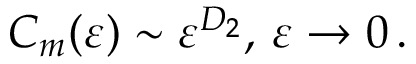
C _ { m } ( \varepsilon ) \sim \varepsilon ^ { D _ { 2 } } , \, \varepsilon \rightarrow 0 \, .